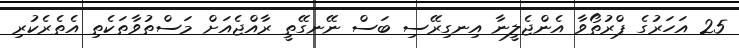
25 އަހަރުގެ ޕްރުތޯވާ އެންޖެލީނާ އިނގިރޭސި ބަސް ނޭނގޭތީ ރާއްޖެއަށް މަސްތުވާތަކެތި އެތެރެކުރި